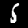
Label: 5